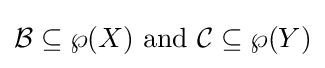
{\mathcal {B}}\subseteq \wp (X){\text{ and }}{\mathcal {C}}\subseteq \wp (Y)